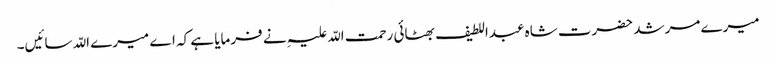
میرے مرشد حضرت شاہ عبداللطیف بھٹائی رحمت اللّہ علیہِ نے فرمایا ہے کہ اے میرے اللّہ سائیں۔